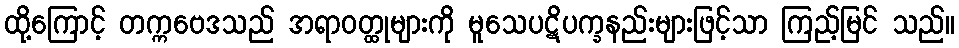
ထို့ကြောင့် တက္ကဗေဒသည် အရာဝတ္ထုများကို မူသေပဋိပက္ခနည်းများဖြင့်သာ ကြည့်မြင် သည်။